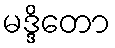
မဒ္ဒိတော